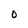
Character: O